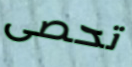
تحصى